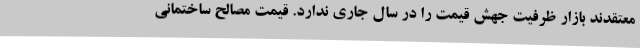
معتقدند بازار ظرفیت جهش قیمت را در سال جاری ندارد. قیمت مصالح ساختمانی